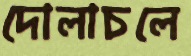
দোলাচলে